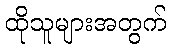
ထိုသူများအတွက်